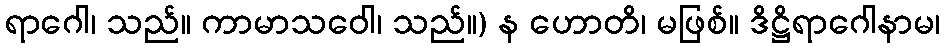
ရာဂေါ၊ သည်။ ကာမာသဝေါ၊ သည်။) န ဟောတိ၊ မဖြစ်။ ဒိဋ္ဌိရာဂေါနာမ၊